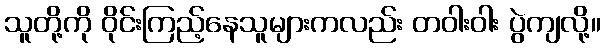
သူတို့ကို ဝိုင်းကြည့်နေသူများကလည်း တဝါးဝါး ပွဲကျလို့။